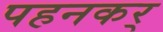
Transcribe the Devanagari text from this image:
पहनकर्